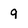
Character: 9